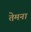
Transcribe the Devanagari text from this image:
तेमना